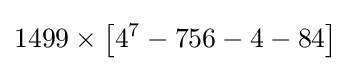
1499\times \left[4^{7}-756-4-84\right]